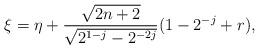
LaTeX: \begin{align*}\xi=\eta+\frac{\sqrt{2n+2}}{\sqrt{2^{1-j}-2^{-2j}}}(1-2^{-j}+r),\end{align*}